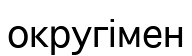
округімен